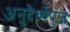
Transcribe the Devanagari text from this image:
अनुदैर्ध्यपुंज